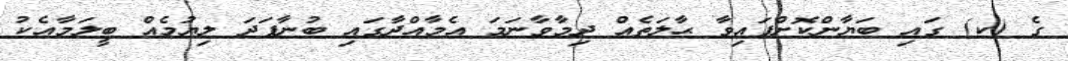
ގެ (ކ) ގައި ބަޔާންކޮށްފައިވާ ޙާލަތެއް ދިމާވާނަމަ އެމާއްދާގައި ބުނާފަދަ ލިޔުމެއް ބީލަމާއެކު